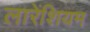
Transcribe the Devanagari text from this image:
लारेंशियम